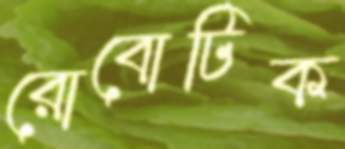
রোবোটিক